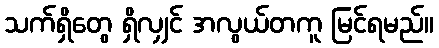
သက်ရှိတွေ ရှိလျှင် အလွယ်တကူ မြင်ရမည်။